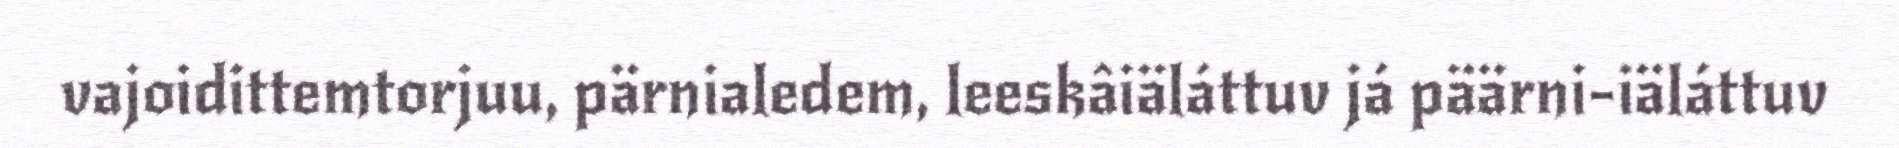
vajoidittemtorjuu, pärnialedem, leeskâiäláttuv já päärni-iäláttuv